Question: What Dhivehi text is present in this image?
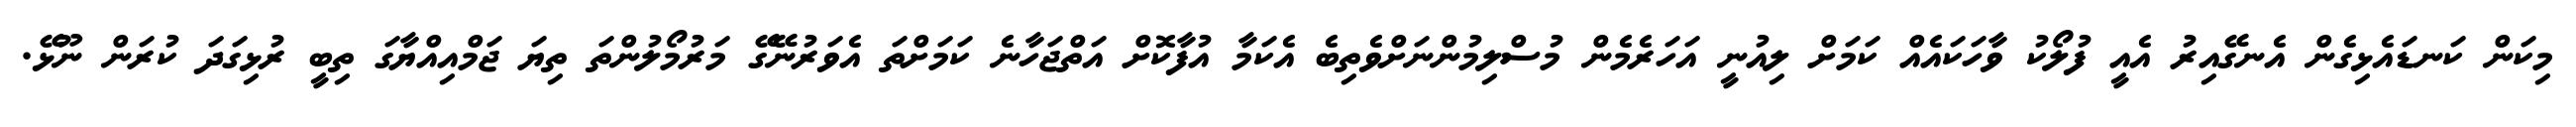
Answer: މިކަން ކަނޑައެޅިގެން އެނގޭއިރު އެއީ ފުލޯކު ވާހަކައެއް ކަމަށް ލިއުނީ އަހަރެމެން މުސްލިމުންނަށްވެތިބެ އެކަމާ އުފާކޮށް އަތްޖަހާނެ ކަމަށްތަ އެވަރުނޭގޭ މަރުމޯލުންތަ ތިޔަ ޖަމްއިއްޔާގަ ތިބީ ރުޅިގަދަ ކުރަން ނޫޅޭ.